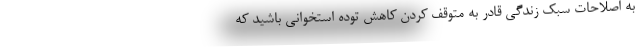
به اصلاحات سبک زندگی قادر به متوقف کردن کاهش توده استخوانی باشید که